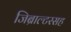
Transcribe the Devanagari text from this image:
जिब्राल्टरसह